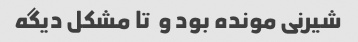
شیرنی مونده بود و  تا مشکل دیگه